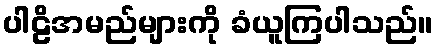
ပါဠိအမည်များကို ခံယူကြပါသည်။